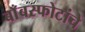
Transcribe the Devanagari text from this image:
बाँबस्फोटांचे